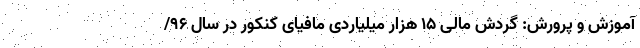
آموزش و پرورش: گردش مالی ۱۵ هزار میلیاردی مافیای کنکور در سال ۹۶/